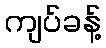
ကျပ်ခန့်